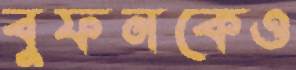
বুফনকেও